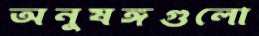
অনুষঙ্গগুলো